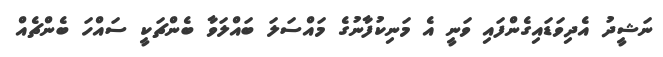
ނަޝީދު އެދިވަޑައިގެންފައި ވަނީ އެ މަނިކުފާނުގެ މައްސަލަ ބައްލަވާ ބެންޗަކީ ސައްހަ ބެންޗެއް